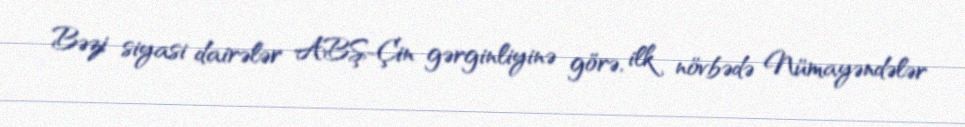
Bəzi siyasi dairələr ABŞ-Çin gərginliyinə görə, ilk növbədə Nümayəndələr